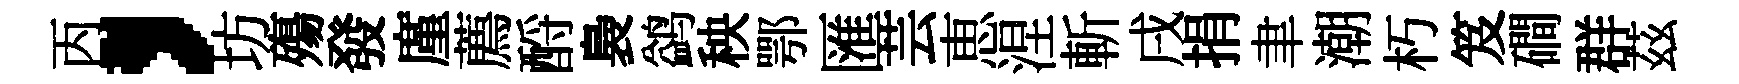
丙，坊殤發廑薦酹裊鹢秧鄂匯芸恵涅斬戌捐聿潮朽笈磵群茲